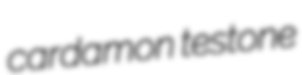
cardamon testone